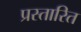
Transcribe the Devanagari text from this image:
प्रस्तारित